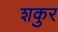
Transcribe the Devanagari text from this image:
शकुर